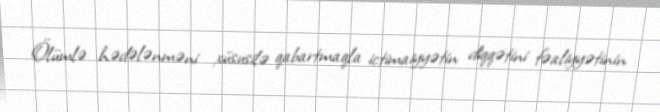
Ölümlə hədələnməni xüsusilə qabartmaqla ictimaiyyətin diqqətini fəaliyyətinin